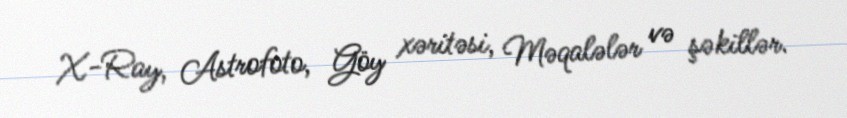
X-Ray, Astrofoto, Göy xəritəsi, Məqalələr və şəkillər.